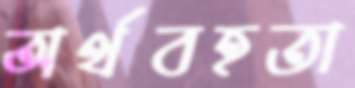
অর্থবহতা